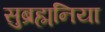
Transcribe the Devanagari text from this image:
सुब्रह्मनिया